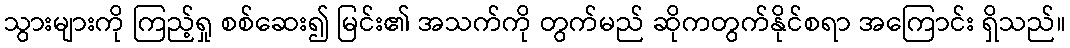
သွားများကို ကြည့်ရှု စစ်ဆေး၍ မြင်း၏ အသက်ကို တွက်မည် ဆိုကတွက်နိုင်စရာ အကြောင်း ရှိသည်။